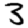
Digit: 3